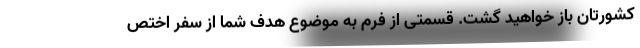
کشورتان باز خواهید گشت. قسمتی از فرم به موضوع هدف شما از سفر اختص